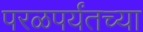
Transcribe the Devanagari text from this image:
परळपर्यंतच्या